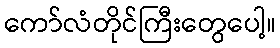
ကော်လံတိုင်ကြီးတွေပေါ့။